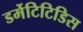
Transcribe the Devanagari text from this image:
डर्मेटिटिडिस